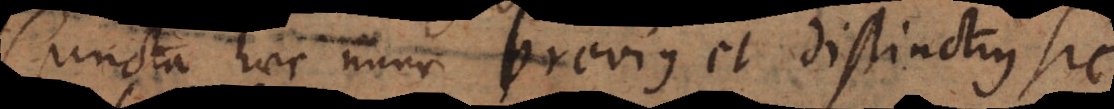
Cuncta haec nunc brevius et distinctius sic